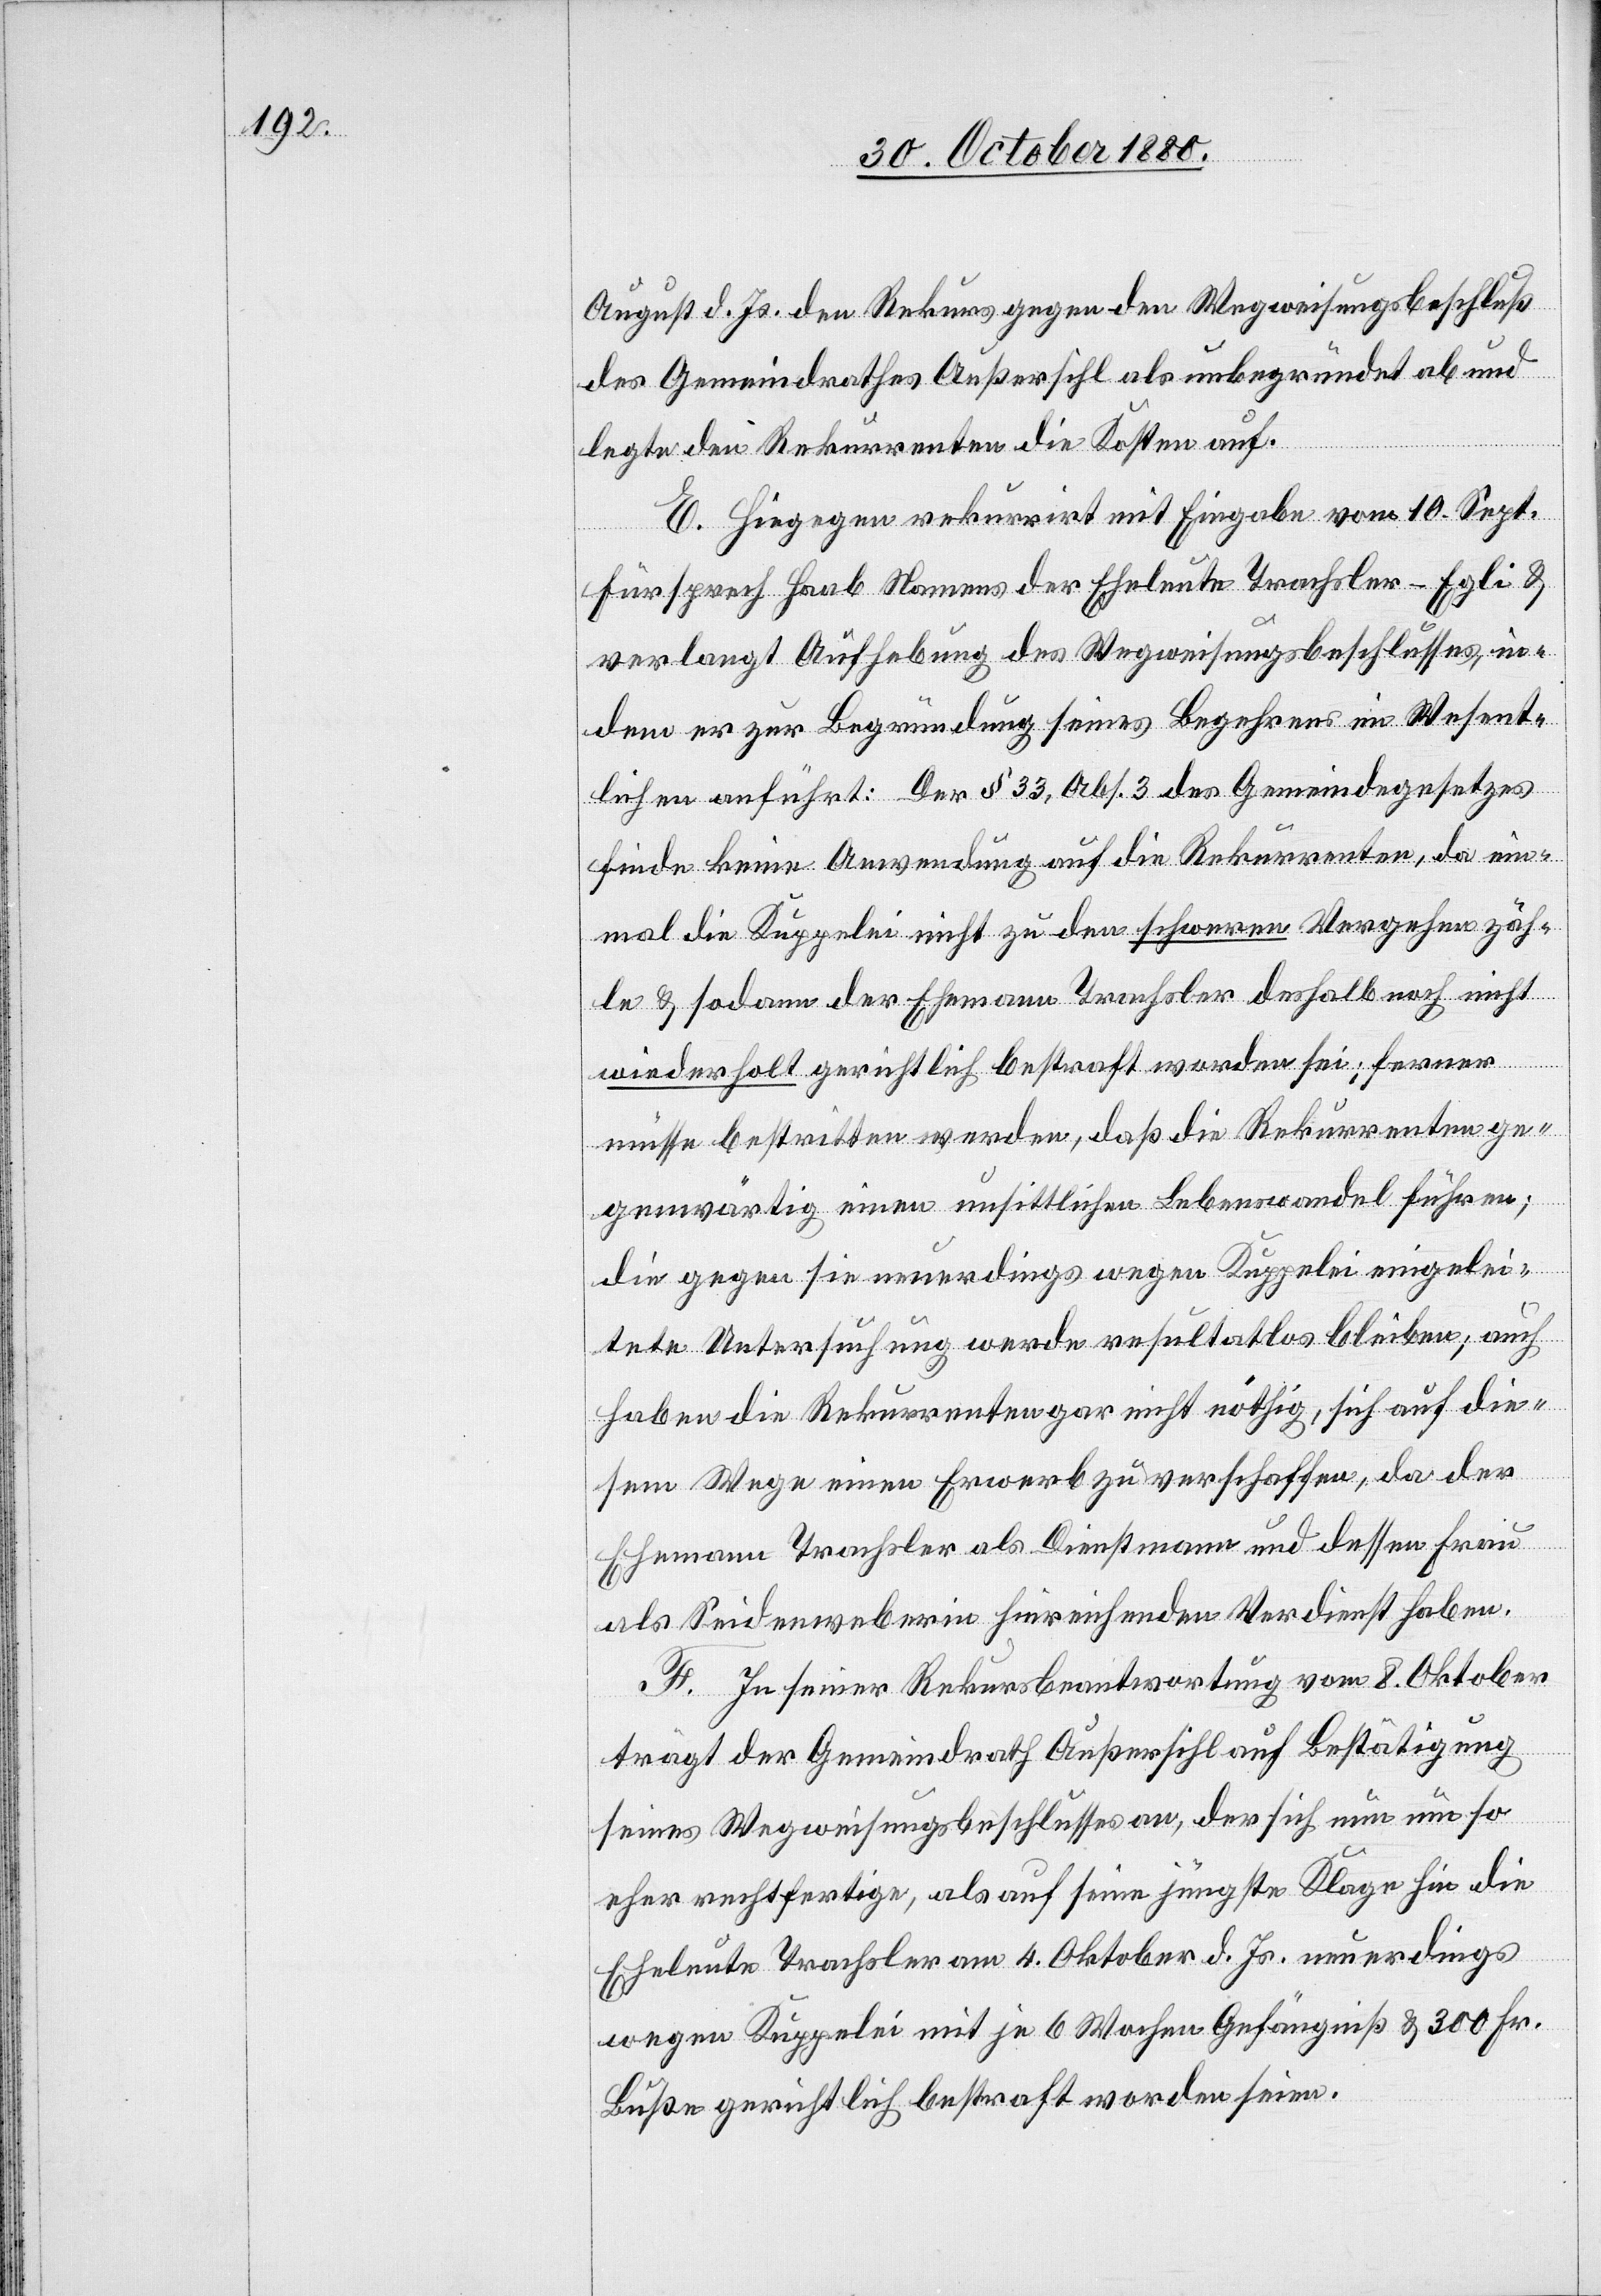
August d. Js den Rekurs gegen den Wegweisungsbeschluß
des Gemeindrathes Außersihl als unbegründet ab und
legte den Rekurrenten die Kosten auf.
E. Hiegegen rekurrirt mit Eingabe vom 10. Sept.
Fürsprech Haab Namens der Eheleute Trachsler-Egli &
verlangt Aufhebung des Wegweisungsbeschlusses, in¬
dem er zur Begründung seines Begehrens im Wesent¬
lichen anführt: Der § 33, Abs. 3 des Gemeindegesetzes
finde keine Anwendung auf die Rekurrenten, da ein¬
mal die Kuppelei nicht zu den schweren Vergehen zäh¬
le & sodann der Ehemann Trachsler deshalb noch nicht
wiederholt gerichtlich bestraft worden sei; ferner
müsse bestritten werden, daß die Rekurrenten ge¬
genwärtig einen unsittlichen Lebenswandel führen;
die gegen sie neuerdings wegen Kuppelei eingelei¬
tete Untersuchung werde resultatlos bleiben; auch
haben die Rekurrenten gar nicht nöthig, sich auf die¬
sem Wege einen Erwerb zu verschaffen, da der
Ehemann Trachsler als Dienstmann und dessen Frau
als Seidenweberin hinreichenden Verdienst haben.
F. In seiner Rekursbeantwortung vom 8. Oktober
trägt der Gemeindrath Außersihl auf Bestätigung
seines Wegweisungsbeschlusses an, der sich nun um so
eher rechtfertige, als auf seine jüngste Klage hin die
Eheleute Trachsler am 4. Oktober d. Js. neuerdings
wegen Kuppelei mit je 6 Wochen Gefängniß & 300 Fr.
Buße gerichtlich bestraft worden seien.